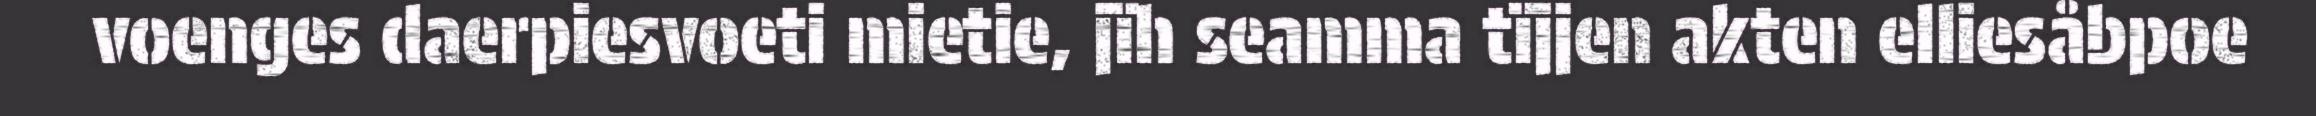
voenges daerpiesvoeti mietie, jïh seamma tïjjen akten elliesåbpoe